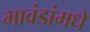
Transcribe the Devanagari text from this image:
भावंडांमधे